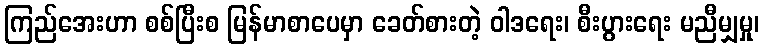
ကြည်အေးဟာ စစ်ပြီးစ မြန်မာစာပေမှာ ခေတ်စားတဲ့ ဝါဒရေး၊ စီးပွားရေး မညီမျှမှု၊